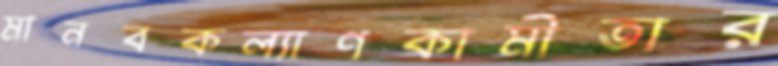
মানবকল্যাণকামীতার